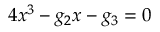
4 x ^ { 3 } - g _ { 2 } x - g _ { 3 } = 0